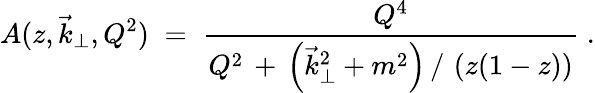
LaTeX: A(z,\vec{k}_{\perp},Q^{2})\; =\; \frac{Q^{4}}{Q^{2}\, +\, \left(\vec{k}_{\perp}^{2}+m^{2}\right)\, /\, \left(z(1-z)\right)}\; .